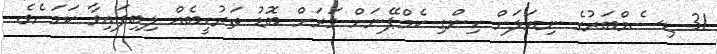
31 ޑިސެމްބަރުގެ ނިޔަލަށް ހިންގި ކެމްޕޭނަށް ވަރަށް ބޮޑު ތަރުހީބެއް ލިބިފައިވާ ކަމަށެވެ.